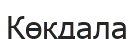
Көкдала